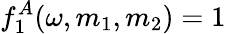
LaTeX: f_{1}^{A}(\omega,m_{1},m_{2})=1